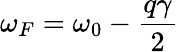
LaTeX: \omega_{F}=\omega_{0}-\frac{q\gamma}{2}